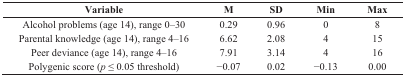
| Variable | M | SD | Min | Max |
 | --- | --- | --- | --- | --- |
 | Alcohol problems (age 14), range 0–30 | 0.29 | 0.96 | 0 | 8 |
 | Parental knowledge (age 14), range 4–16 | 6.62 | 2.08 | 4 | 15 |
 | Peer deviance (age 14), range 4–16 | 7.91 | 3.14 | 4 | 16 |
 | Polygenic score (p≤ 0.05 threshold) | −0.07 | 0.02 | −0.13 | 0.00 |